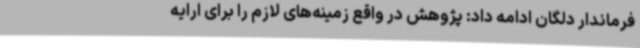
فرماندار دلگان ادامه داد: پژوهش در واقع زمینه‌های لازم را برای ارایه